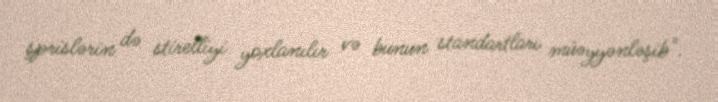
şprislərin də stirelliyi yoxlanılır və bunun standartları müəyyənləşib".